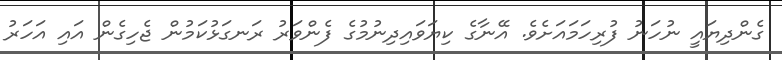
ގެންދިޔައީ ނުހަނު ފުރިހަމައަށެވެ. އޭނާގެ ކިޔަވައިދިނުމުގެ ފެންވަރު ރަނގަޅުކަމުން ޖެހިގެން އައި އަހަރު